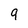
Character: 9